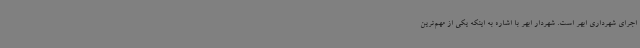
اجرای شهرداری ابهر است. شهردار ابهر با اشاره به اینکه یکی از مهم‌ترین